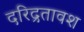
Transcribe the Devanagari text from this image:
दरिद्रतावश